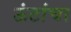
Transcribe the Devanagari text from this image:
ऊंटांचा